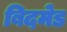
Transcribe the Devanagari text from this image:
बिदमेड